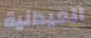
الميدانية